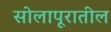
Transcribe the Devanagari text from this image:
सोलापूरातील